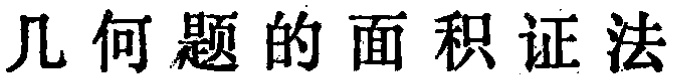
几何题的面积证法